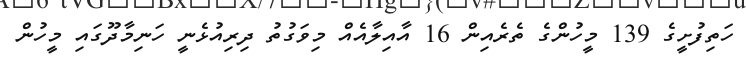
ހަތިފުށީގެ 139 މީހުންގެ ތެރެއިން 16 އާއިލާއެއް މިވަގުތު ދިރިއުޅެނީ ހަނިމާދޫގައި މީހުން